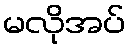
မလိုအပ်